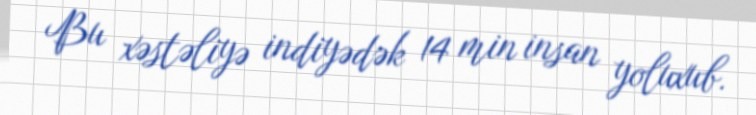
Bu xəstəliyə indiyədək 14 min insan yoluxub.